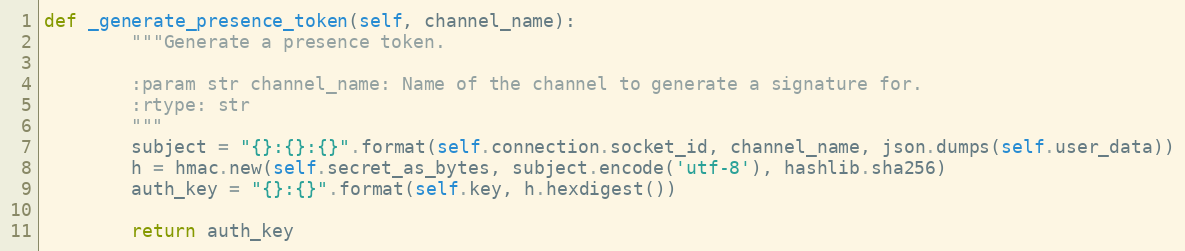
Language: Python
def _generate_presence_token(self, channel_name):
        """Generate a presence token.

        :param str channel_name: Name of the channel to generate a signature for.
        :rtype: str
        """
        subject = "{}:{}:{}".format(self.connection.socket_id, channel_name, json.dumps(self.user_data))
        h = hmac.new(self.secret_as_bytes, subject.encode('utf-8'), hashlib.sha256)
        auth_key = "{}:{}".format(self.key, h.hexdigest())

        return auth_key